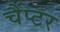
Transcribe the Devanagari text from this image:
चैंप्टर